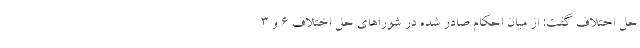
حل اختلاف گفت: از میان احکام صادر شده در شورا‌های حل اختلاف ۶ و ۳